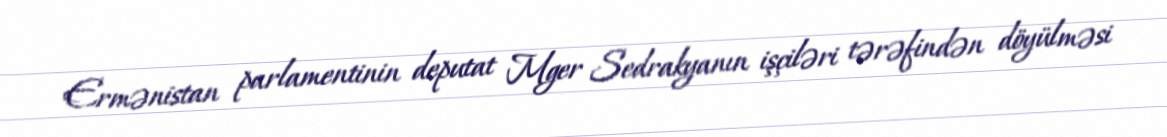
Ermənistan parlamentinin deputat Mger Sedrakyanın işçiləri tərəfindən döyülməsi